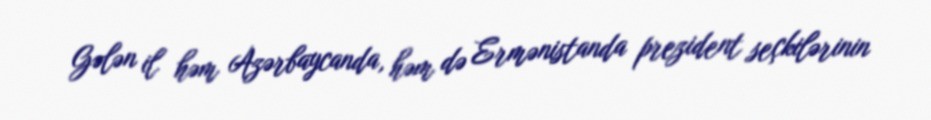
Gələn il həm Azərbaycanda, həm də Ermənistanda prezident seçkilərinin